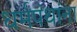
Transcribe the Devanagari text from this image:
धर्मपंथांना